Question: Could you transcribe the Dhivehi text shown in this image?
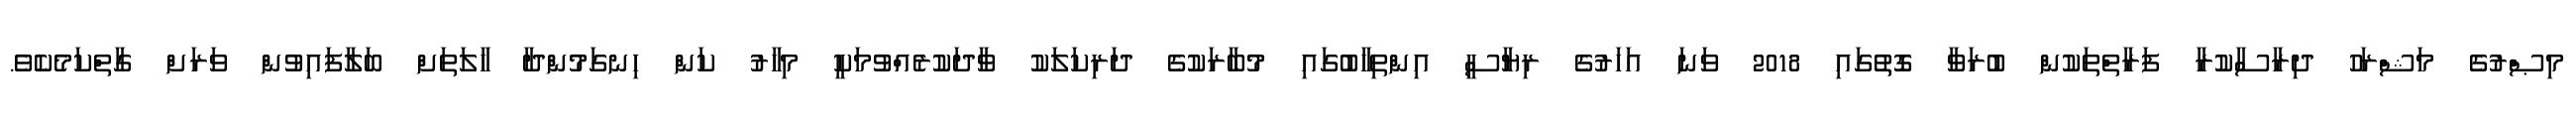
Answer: މިޞްރުގެ މަޝްރަހު ދިރާސާކުރާ ފަރާތްތަކުން ބުރަވާ ގޮތުގައި 2018 ވަނަ އަހަރުގެ ރިޔާސީ އިންތިހާބުގައި މުބާރަކުގެ ދަރިކަލަކު ވާދަކުރެއްވުމަކީ މިހާރު ކަން ހިނގަމުންދާ ހާލަތަށް ބަލާފައިވުން ވަރަށް ގާތްކަމެކެވެ.